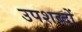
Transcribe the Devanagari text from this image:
उपशब्दों